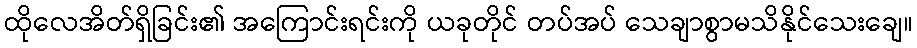
ထိုလေအိတ်ရှိခြင်း၏ အကြောင်းရင်းကို ယခုတိုင် တပ်အပ် သေချာစွာမသိနိုင်သေးချေ။